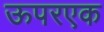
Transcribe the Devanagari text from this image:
ऊपरएक